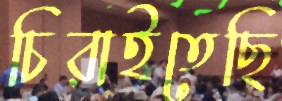
চিরাইতেছি